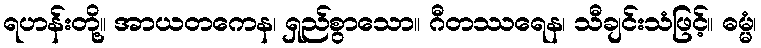
ရဟန်းတို့။ အာယတကေန၊ ရှည်စွာသော။ ဂီတဿရေန၊ သီချင်းသံဖြင့်။ ဓမ္မံ၊